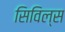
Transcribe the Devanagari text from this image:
सिविल्स